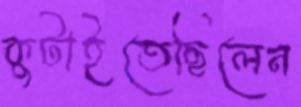
কুটাইতেছিলেন